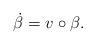
LaTeX: \begin{align*} \dot{\beta} = v \circ \beta.\end{align*}